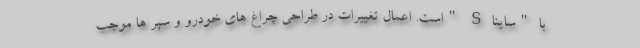
با "ساینا S "است. اعمال تغییرات در طراحی چراغ های خودرو و سپر ها موجب